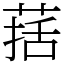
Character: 葀